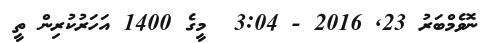
ނޮވެމްބަރު 23